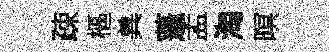
疎樞兾蓬孟淘暝